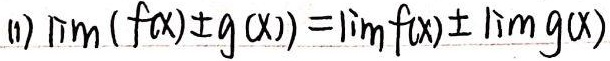
(1) \(\lim(f(x)\pm g(x))=\lim f(x)\pm\lim g(x)\)